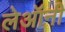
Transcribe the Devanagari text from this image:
लेऑनी